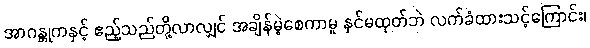
အာဂန္တုကနှင့် ဧည့်သည်တို့လာလျှင် အချိန်မဲ့စေကာမူ နှင်မထုတ်ဘဲ လက်ခံထားသင့်ကြောင်း၊